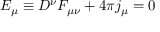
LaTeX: { \cal E } _ { \mu } \equiv D ^ { \nu } F _ { \mu \nu } + 4 \pi j _ { \mu } = 0